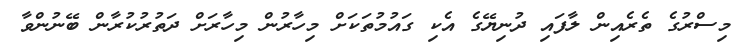
މިސްރުގެ ތެރެއިން ލާފައި ދުނިޔޭގެ އެކި ގައުމުތަކަށް މިހާރުން މިހާރަށް ދަތުރުކުރާން ބޭނުންވާ